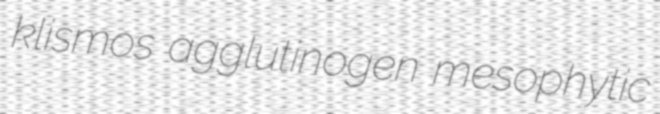
klismos agglutinogen mesophytic